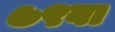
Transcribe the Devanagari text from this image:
७९वा